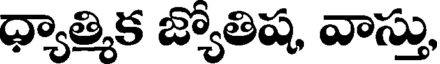
ధ్యాత్మిక జ్యోతిష, వాస్తు,